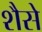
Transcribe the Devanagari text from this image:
शैसे